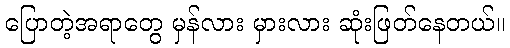
ပြောတဲ့အရာတွေ မှန်လား မှားလား ဆုံးဖြတ်နေတယ်။